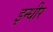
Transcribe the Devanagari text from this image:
इन्धीर